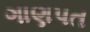
ગાણપત